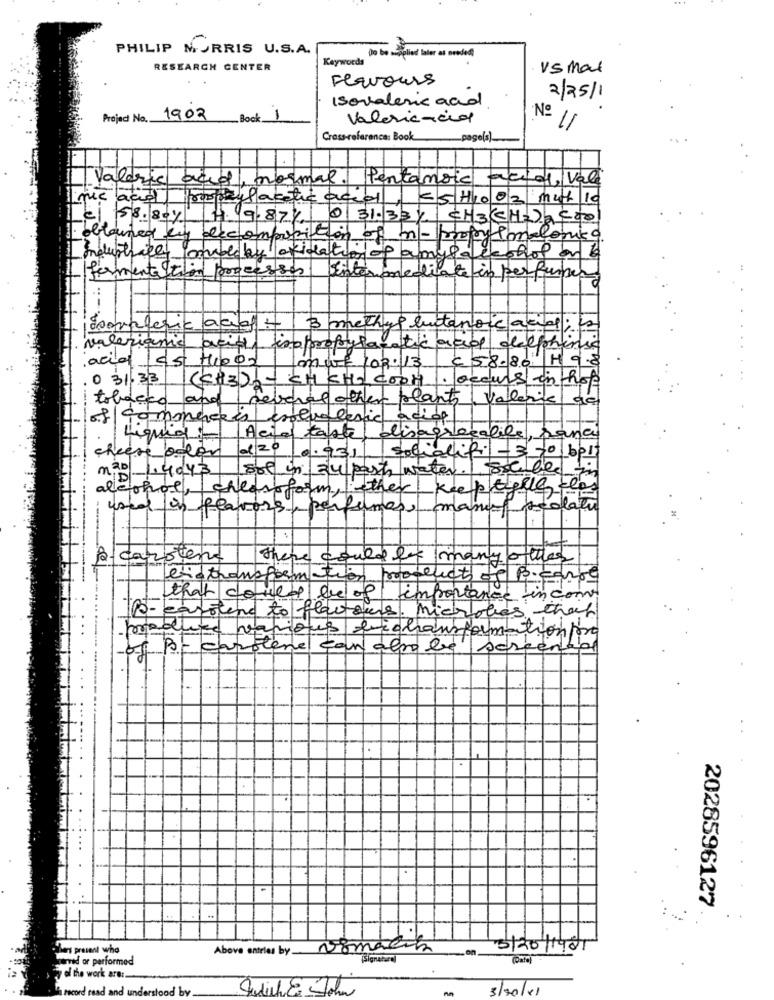
PHILIP MORRIS U.S.A.
Keywords
RESEARCH CENTER
vs mal
Flavours
Isovaleric and
2/25/1
.
Project No. 1902
Book 1
Valeriencia
Nº 11
Cross-reference: Book
page(s).
Valeria
acid, normal. Pentanoic acid, Vale
mic acid propyl acetic accel, 5 H10 02 mut 10
€1 58. 804
H.191874
0 31.33 / CH3 CHZAC00
obtained byy decomposition of n- propylmalonica
industriel comole by oxidation of amysaleshol on be
fermentation processes
tefin perfumer
3
issovalerie aauf+
valerianic acid isopropylartic
de delphine
acid les Hood
€ 58.80
H 9.8
mure 102:13
0 31,33
(CHE)OCH CHOCOOH
. occurs inthose
tobacco and
several other plants valerie ad
of commerceis enolvalerie aciof
Liquid :-
Acid taste disagreealile,
panci
cheese oder
0.931
socialifi - 350 bo15
m2º 1.4043
sol in 34 past water soluble to
alcohol, cheroform, other
keep tyle clas
used in flavors, perfe
mas
latu
carsten
there
could be many other
b'stransformation products of P.carre
that could be of importance income
Q-carotene to flactours. Microbes that
various bishansformation/or
Be carotene
8
can also be
serventia
2028596127
...
Shers present who
Above entries by vomacik
5/20/1985
Served or performed
o the work are :.
h record read and understood by.
Judith E John
3/20/11